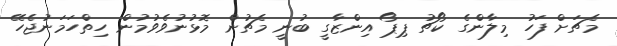
މެޗަށް ފަހު މިލާންގެ ކޯޗު ޕިޕޯ އިންޒާގީ ބުނީ މެޗުން މޮޅުނުވެވުމުން ހިތްހަމަނުޖެހޭ